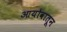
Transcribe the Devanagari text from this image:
आयोवातून